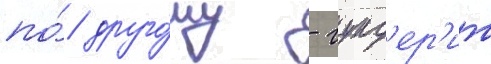
по́ друго́му - гунд'ер'ит